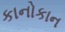
કાનોકાન